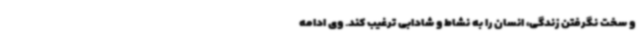
و سخت نگرفتن زندگی، انسان را به نشاط و شادابی ترغیب کند. وی ادامه